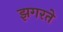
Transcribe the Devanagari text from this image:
झगरते